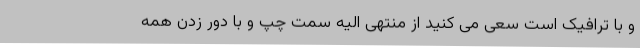
و با ترافیک است سعی می کنید از منتهی الیه سمت چپ و با دور زدن همه